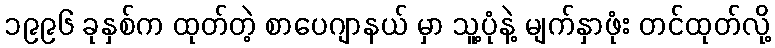
၁၉၉၆ ခုနှစ်က ထုတ်တဲ့ စာပေဂျာနယ် မှာ သူ့ပုံနဲ့ မျက်နှာဖုံး တင်ထုတ်လို့